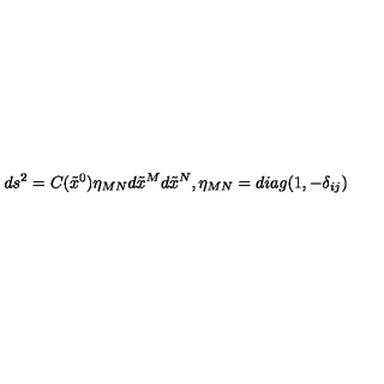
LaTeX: d s ^ { 2 } = C ( \tilde { x } ^ { 0 } ) \eta _ { M N } d \tilde { x } ^ { M } d \tilde { x } ^ { N } , \eta _ { M N } = d i a g ( 1 , - \delta _ { i j } )